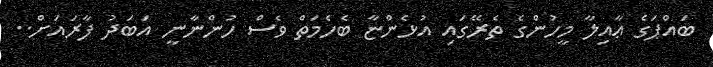
ބައްޕަގެ ޢާއިލާ މީހުންގެ ތެރޭގައި އުޅެންޏާ ބެހެމަތް ވެސް ހުންނާނީ އަބަދު ފާރައަށް..